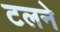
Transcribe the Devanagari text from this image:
टलने